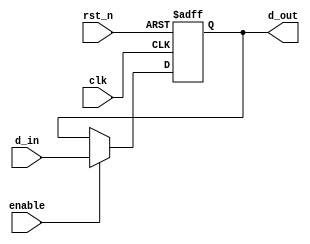
module parameterized_register #(
    parameter WIDTH = 8 // Parameter for register width (default is 8 bits)
)(
    input wire clk,               // Clock input
    input wire rst_n,             // Asynchronous active-low reset
    input wire enable,            // Enable signal for capturing data
    input wire [WIDTH-1:0] d_in,  // Data input
    output reg [WIDTH-1:0] d_out  // Data output
);

// Always block for synchronous operation
always @(posedge clk or negedge rst_n) begin
    if (!rst_n) begin
        d_out <= {WIDTH{1'b0}}; // Asynchronous reset to zero
    end else if (enable) begin
        d_out <= d_in; // Capture data on enable
    end
end

endmodule